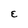
Character: E